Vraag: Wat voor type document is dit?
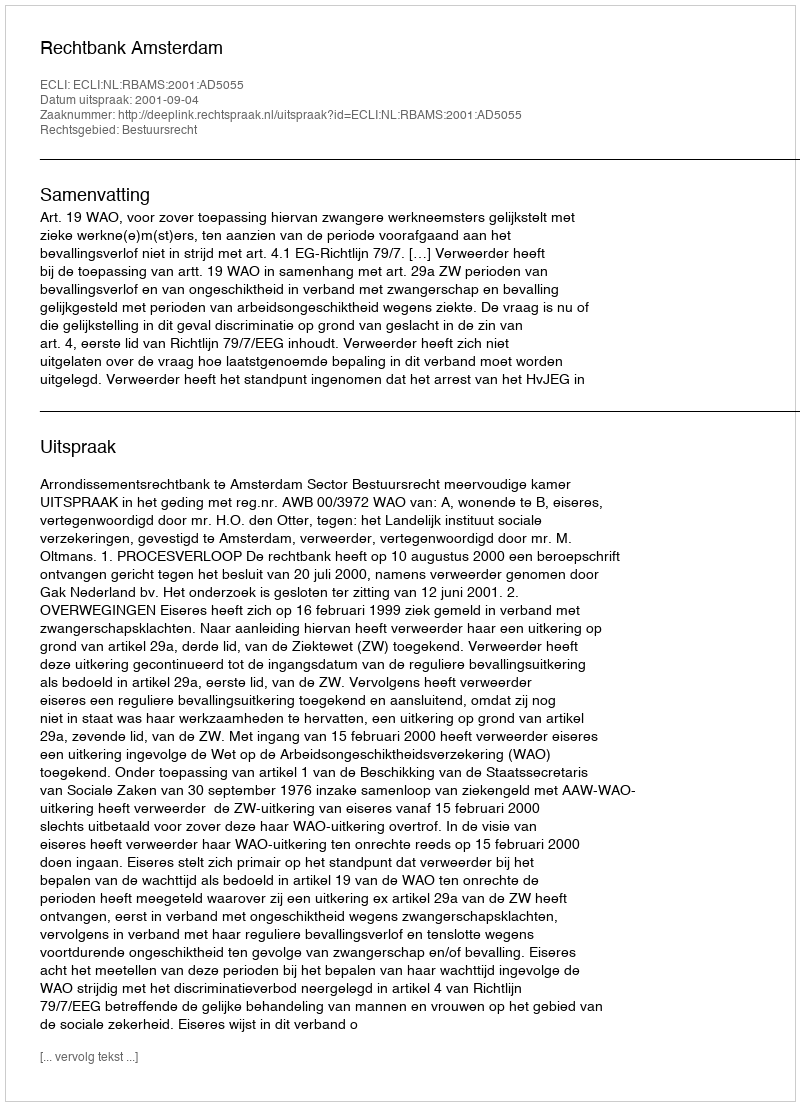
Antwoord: Uitspraak